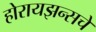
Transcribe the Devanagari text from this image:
होरायझन्सचे